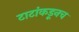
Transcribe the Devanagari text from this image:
टाटांकडूनच